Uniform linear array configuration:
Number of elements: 24
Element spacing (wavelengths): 0.75
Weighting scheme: hann
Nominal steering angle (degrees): -15
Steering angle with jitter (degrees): -13.857
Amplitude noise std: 0.05
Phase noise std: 0.05

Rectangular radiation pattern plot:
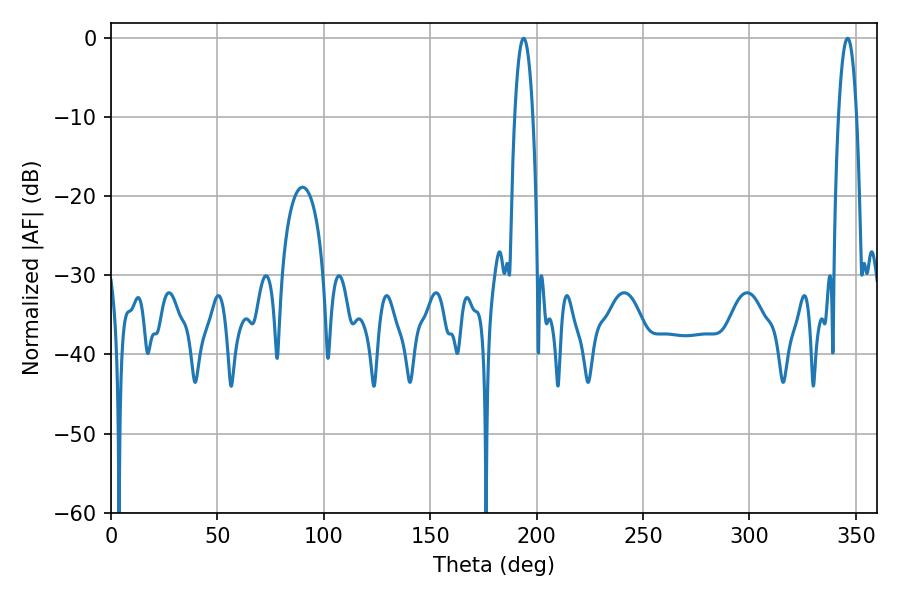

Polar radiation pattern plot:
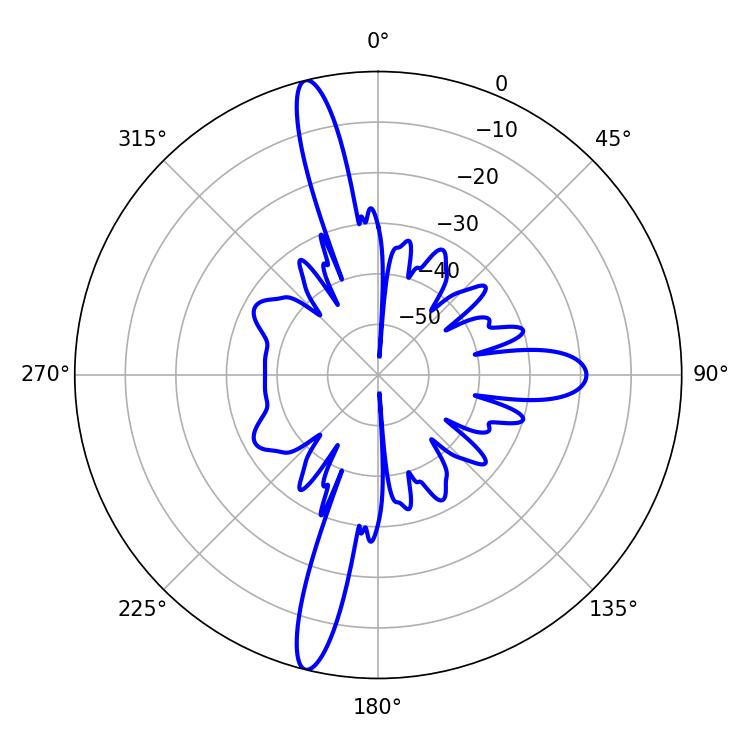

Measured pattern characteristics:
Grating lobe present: TRUE
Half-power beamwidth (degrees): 4.68
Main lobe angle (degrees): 346.14